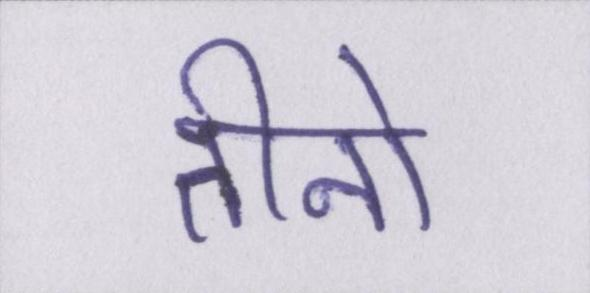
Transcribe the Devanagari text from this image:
तीनो